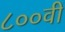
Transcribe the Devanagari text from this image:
८००वीं